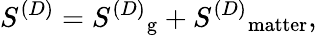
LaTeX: S^{(D)}={S^{(D)}}_{\mathrm{g}}+{S^{(D)}}_{\mathrm{matter}},